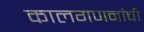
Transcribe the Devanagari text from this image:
कालगणनांची